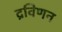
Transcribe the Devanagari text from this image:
द्रविणन